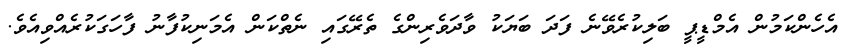
އެހެންކަމުން އެމްޑީޕީ ބަލިކުރެވޭނެ ފަދަ ބަޔަކު ވާދަވެރިންގެ ތެރޭގައި ނެތްކަން އެމަނިކުފާނު ފާހަގަކުރެއްވިއެވެ.